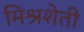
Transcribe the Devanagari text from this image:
मिश्रशेती